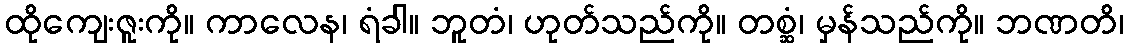
ထိုကျေးဇူးကို။ ကာလေန၊ ရံခါ။ ဘူတံ၊ ဟုတ်သည်ကို။ တစ္ဆံ၊ မှန်သည်ကို။ ဘဏတိ၊